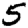
Digit: 5